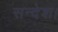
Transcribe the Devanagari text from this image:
सन्देश।